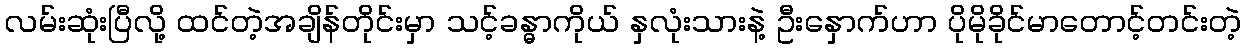
လမ်းဆုံးပြီလို့ ထင်တဲ့အချိန်တိုင်းမှာ သင့်ခန္ဓာကိုယ် နှလုံးသားနဲ့ ဦးနှောက်ဟာ ပိုမိုခိုင်မာတောင့်တင်းတဲ့